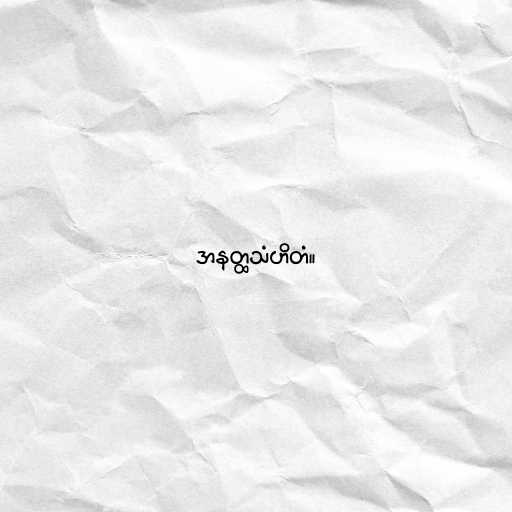
အနတ္ထသံဟိတံ။